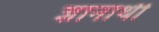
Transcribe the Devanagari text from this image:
ज्ञानार्थी